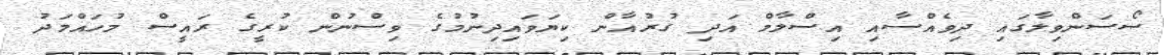
ސޯސަންވިލާގައި ދިވެއްސާއި އިސްލާމް އަދި ގުރުއާން ކިޔަވައިދިނުމުގެ ވިސްނުން ކުރީގެ ރައީސް މުހައްމަދު